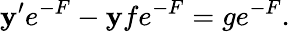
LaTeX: \mathbf{y}^{\prime}e^{-F}-\mathbf{y}fe^{-F}=ge^{-F}.